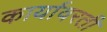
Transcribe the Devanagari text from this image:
कार्यावरती